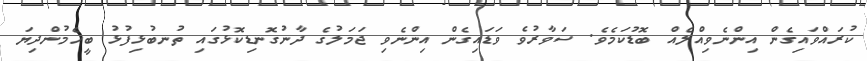
ކުރައްވައިގެން އިންނެވިއްލެއް ބޮޑުކަމެވެ. ސަވާރުވެ ވަޑައިގެން އިންނެވި ޖަމަލުގެ ދާނުގޮނޑިކޮޅުގައި ތުނބުޅިފުޅު ބީހެމުންދިޔަ